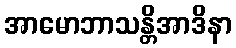
အာမောဘာသန္တိအာဒိနာ